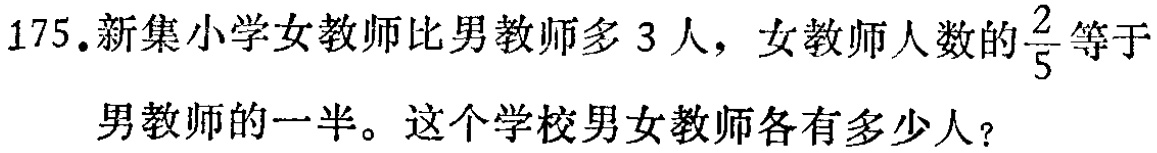
175.新集小学女教师比男教师多3人，女教师人数的$\frac{2}{5}$等于男教师的一半。这个学校男女教师各有多少人？